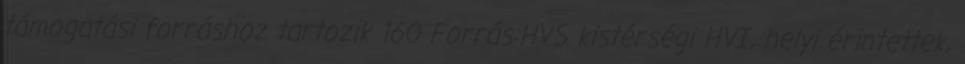
támogatási forráshoz tartozik 160 Forrás:HVS kistérségi HVI, helyi érintettek,